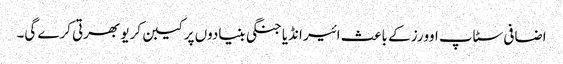
اضافی سٹاپ اوورز کے باعث ائیر انڈیا جنگی بنیادوں پر کیبن کریو بھرتی کرے گی۔